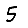
Digit: 5